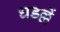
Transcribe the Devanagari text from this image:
धडल्लें